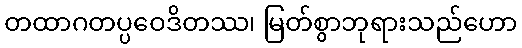
တထာဂတပ္ပဝေဒိတဿ၊ မြတ်စွာဘုရားသည်ဟော